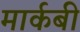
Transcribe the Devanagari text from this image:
मार्कबी